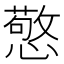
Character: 憼